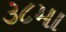
૩૮મા